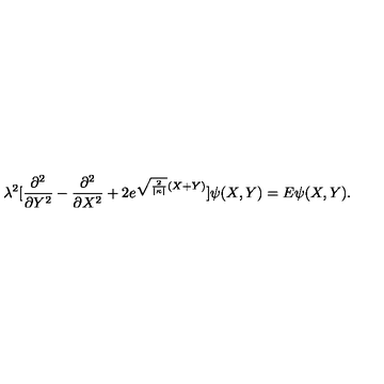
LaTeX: \lambda ^ { 2 } [ \frac { \partial ^ { 2 } } { \partial Y ^ { 2 } } - \frac { \partial ^ { 2 } } { \partial X ^ { 2 } } + 2 e ^ { \sqrt { \frac { 2 } { | \kappa | } } ( X + Y ) } ] \psi ( X , Y ) = E \psi ( X , Y ) .